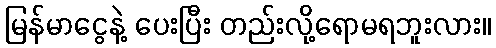
မြန်မာငွေနဲ့ ပေးပြီး တည်းလို့ရောမရဘူးလား။